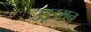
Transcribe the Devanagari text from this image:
उड़्डयन